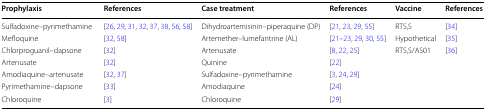
<table><thead><tr><td><b>Prophylaxis</b></td><td><b>References</b></td><td><b>Case treatment</b></td><td><b>References</b></td><td><b>Vaccine</b></td><td><b>References</b></td></tr></thead><tbody><tr><td>Sulfadoxine–pyrimethamine</td><td>[26, 29, 31, 32, 37, 38, 56, 58]</td><td>Dihydroartemisinin–piperaquine (DP)</td><td>[21, 23, 29, 55]</td><td>RTS,S</td><td>[34]</td></tr><tr><td>Mefloquine</td><td>[32, 58]</td><td>Artemether–lumefantrine (AL)</td><td>[21–23, 29, 30, 55]</td><td>Hypothetical</td><td>[35]</td></tr><tr><td>Chlorproguanil–dapsone</td><td>[32]</td><td>Artenusate</td><td>[8, 22, 25]</td><td>RTS,S/AS01</td><td>[36]</td></tr><tr><td>Artenusate</td><td>[32]</td><td>Quinine</td><td>[22]</td><td></td><td></td></tr><tr><td>Amodiaquine–artenusate</td><td>[32, 37]</td><td>Sulfadoxine–pyrimethamine</td><td>[3, 24, 29]</td><td></td><td></td></tr><tr><td>Pyrimethamine–dapsone</td><td>[33]</td><td>Amodiaquine</td><td>[24]</td><td></td><td></td></tr><tr><td>Chloroquine</td><td>[3]</td><td>Chloroquine</td><td>[29]</td><td></td><td></td></tr></tbody></table>